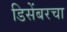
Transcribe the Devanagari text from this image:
डिसेंबरचा